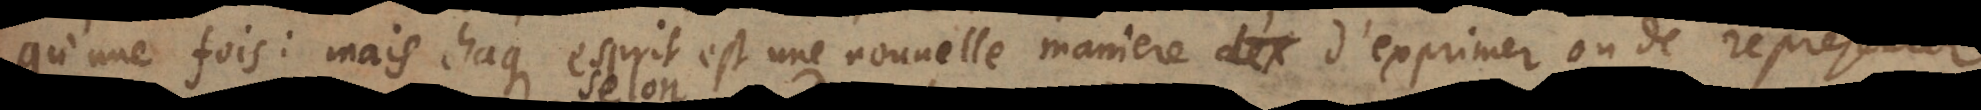
qu’une fois: mais chaque esprit est une nouvelle maniere d’exprimer ou de represent